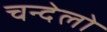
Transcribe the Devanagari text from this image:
चन्देलो